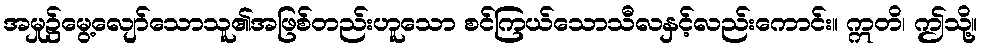
အမှု၌မွေ့လျော်သောသူ၏အဖြစ်တည်းဟူသော စင်ကြယ်သောသီလနှင့်လည်းကောင်း။ ဣတိ၊ ဤသို့။